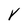
Character: v